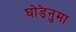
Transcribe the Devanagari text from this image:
घोड़ेनुमा